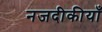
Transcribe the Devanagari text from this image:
नजदीकीयाँ